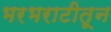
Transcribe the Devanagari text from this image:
भरभराटीतून